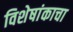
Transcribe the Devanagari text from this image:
विशेषांकाचा